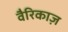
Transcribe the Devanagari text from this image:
वैरिकाज़